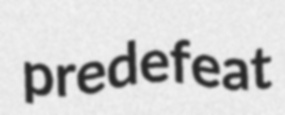
predefeat